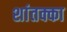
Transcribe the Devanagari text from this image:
शांतक्का